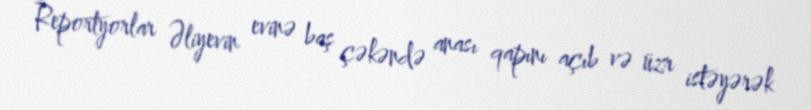
Reportyorlar Əliyevin evinə baş çəkəndə anası qapını açıb və üzr istəyərək